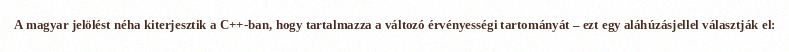
A magyar jelölést néha kiterjesztik a C++-ban, hogy tartalmazza a változó érvényességi tartományát – ezt egy aláhúzásjellel választják el: